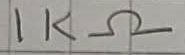
Text: 1KΩ